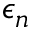
\epsilon _ { n }